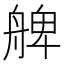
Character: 𦩖